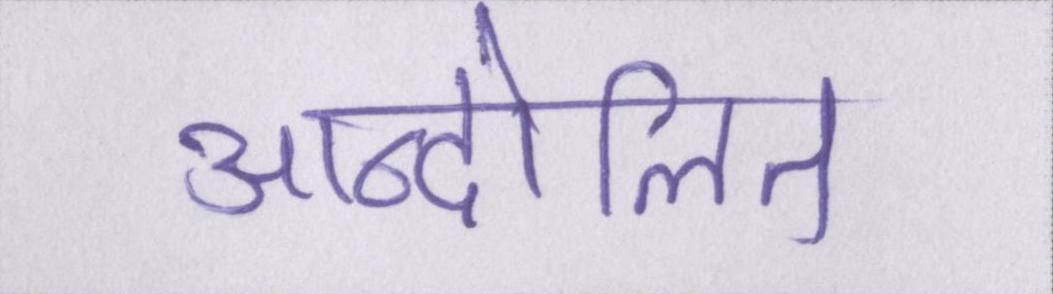
आन्दोलित